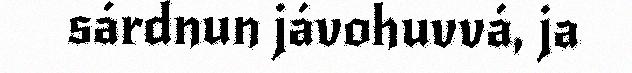
sárdnun jávohuvvá, ja